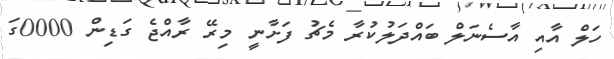
ހަލް އާއި އާސެނަލް ބައްދަލުކުރާ މެޗު ފަށާނީ މިރޭ ރާއްޖެ ގަޑިން 0000ގަ